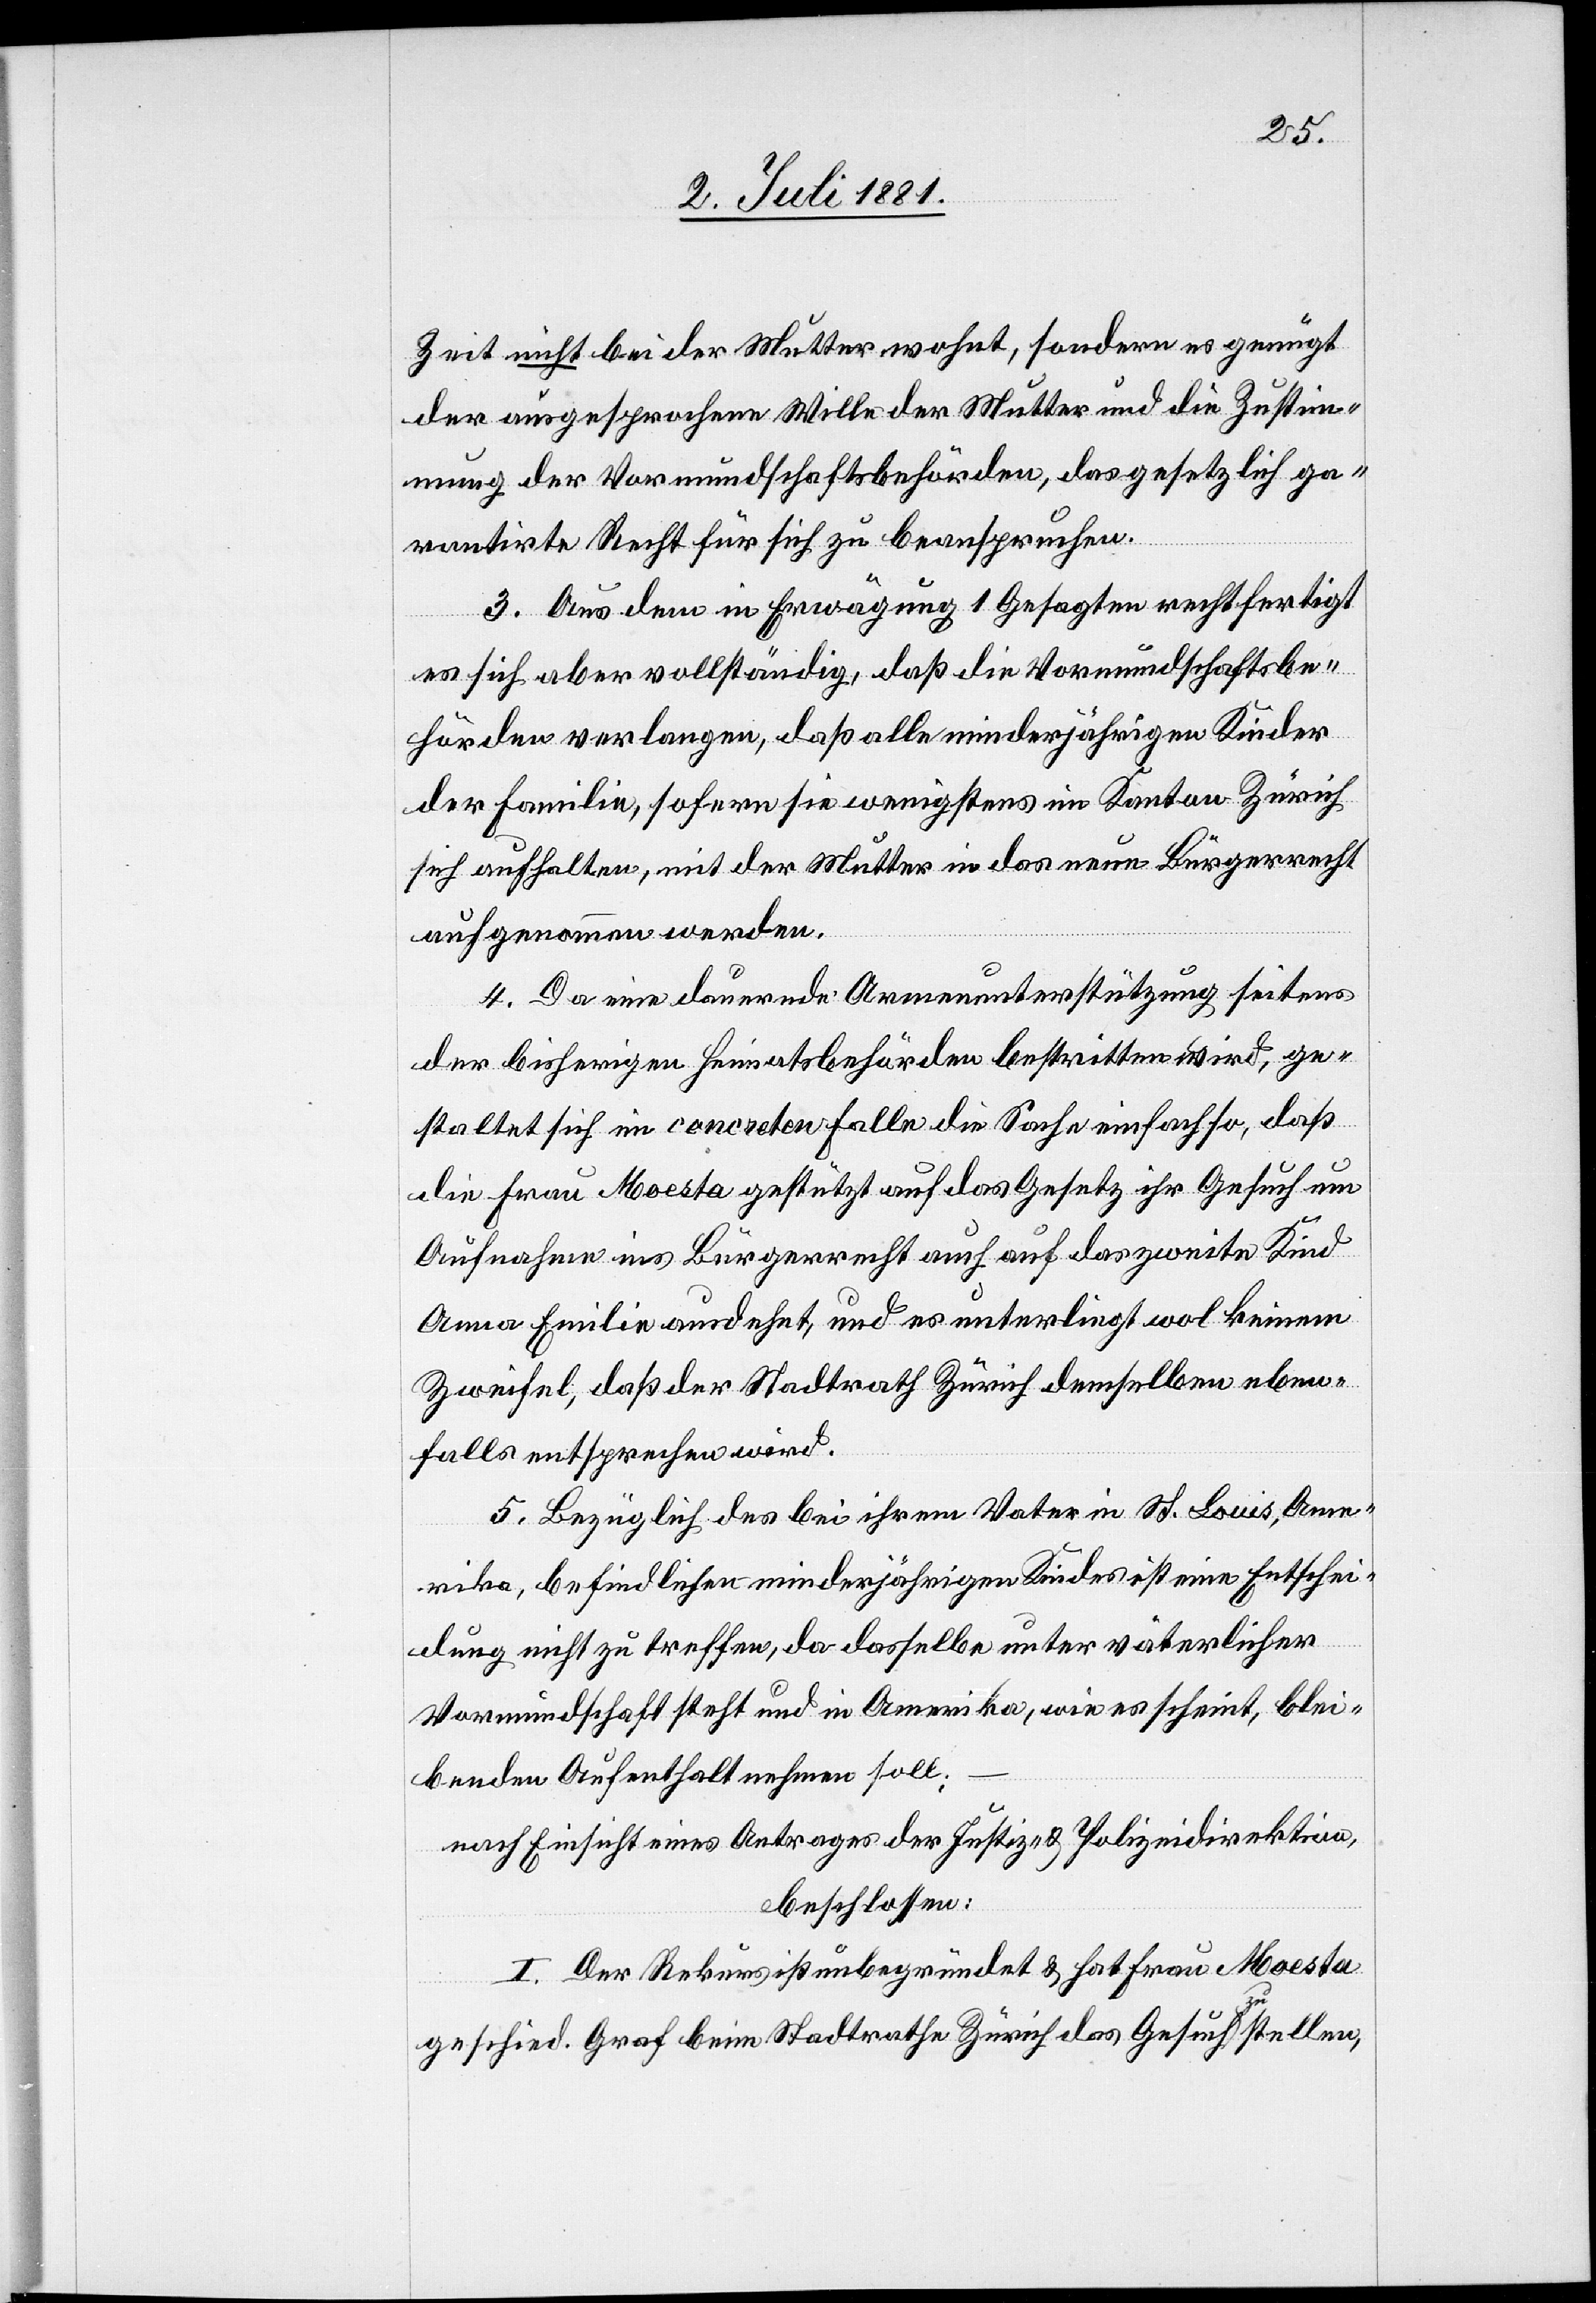
Zeit nicht bei der Mutter wohnt, sondern es genügt
der ausgesprochene Wille der Mutter und die Zustim¬
mung der Vormundschaftsbehörden, das gesetzlich ga¬
rantirte Recht für sich zu beanspruchen.
3. Aus dem in Erwägung 1 Gesagten rechtfertigt
es sich aber vollständig, daß die Vormundschaftsbe¬
hörden verlangen, daß alle minderjährigen Kinder
der Familie, sofern sie wenigstens im Kanton Zürich
sich aufhalten, mit der Mutter in das neue Bürgerrecht
aufgenommen werden.
4. Da eine dauernde Armenunterstützung seitens
der bisherigen Heimatsbehörde bestritten wird, ge¬
staltet sich im concreten Falle die Sache einfach so, daß
die Frau Moesta gestützt auf das Gesetz ihr Gesuch um
Aufnahme ins Bürgerrecht auch auf das zweite Kind
Anna Emilie ausdehnt, und es unterliegt wol keinem
Zweifel, daß der Stadtrath Zürich demselben eben¬
falls entsprechen wird.
5.Bezüglich des bei ihrem Vater in St. Louis, Ame¬
rika, befindlichen minderjährigen Kindes ist eine Entschei¬
dung nicht zu treffen, da dasselbe unter väterlicher
Vormundschaft steht und in Amerika, wie es schein, blei¬
benden Aufenthalt nehmen soll;
nach Einsicht eines Antrages der Justiz- und Polizeidirektion,
beschlossen:
I. Der Rekurs ist unbegründet & hat Frau Moesta
geschied. Graf beim Stadtrathe Zürich das Gesuch zu stellen,